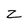
Character: z